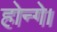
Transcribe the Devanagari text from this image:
होन्गे।